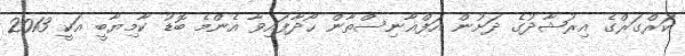
ކަރްގަރްގެ އިރުޝާދުގެ ދަށުން އަފްޣާނިސްތާން ހޯދާފައިވާ އެންމެ ބޮޑު ކާމިޔާބީ އަކީ 2013